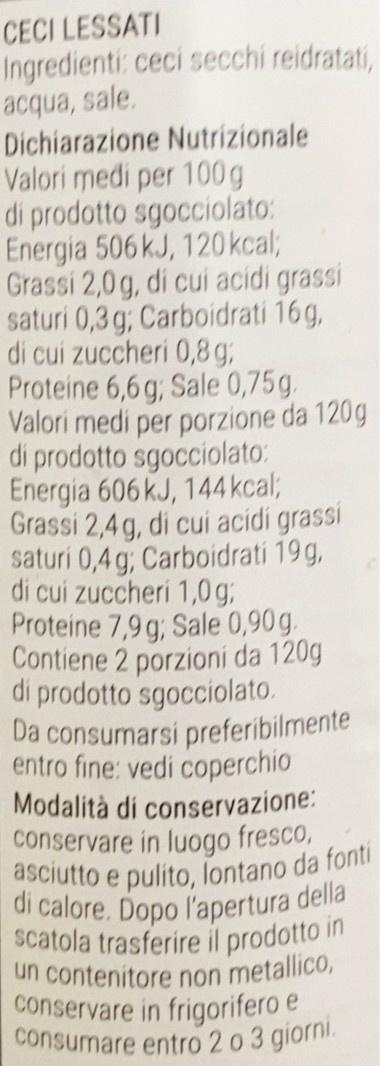
CECI LESSATI
Ingredienti: ceci secchi reidratati, acqua, sale. Dichiarazione Nutrizionale Valori medi per 100g di prodotto sgocciolato: Energia 506 kJ, 120kcal; Grassi 2,0g, di cui acidi grassi saturi 0,3 g; Carboidrati 16g, di cui zuccheri 0,8 gB Proteine 6,6 g, Sale 0,75g. Valori medi per porzione da 120g di prodotto sgocciolato: Energia 606 kJ, 144 kcal; Grassi 2,4 g, di cui acidi grassi saturi 0,4 g; Carboidrati 19 g, di cui zuccheri 1,0 g; Proteine 7,9g; Sale 0,90g. Contiene 2 porzioni da 120g di prodotto sgocciolato. Da consumarsi preferibilmente entro fine: vedi coperchio Modalità di conservazione: conservare in luogo fresco, asciutto e pulito, lontano da fonti di calore. Dopo l'apertura della scatola trasferire il prodotto in un contenitore non metallico, conservare in frigorifero e consumare entro 2 o 3 giorni.